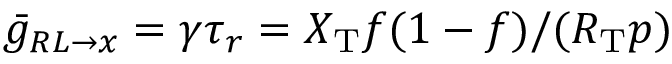
\bar { g } _ { R L \to x } = \gamma \tau _ { r } = X _ { \mathrm { T } } f ( 1 - f ) / ( R _ { \mathrm { T } } p )